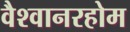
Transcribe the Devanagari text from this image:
वैश्वानरहोम